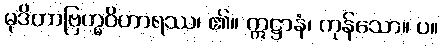
မုဒိတာဗြဟ္မဝိဟာရဿ၊ ၏။ ဣဋ္ဌာနံ၊ ကုန်သော။ ပ။